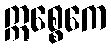
ဣစ္စေကေ